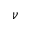
\nu